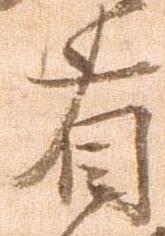
省